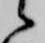
候